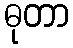
ဓုတာ